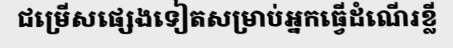
ជម្រើសផ្សេងទៀតសម្រាប់អ្នកធ្វើដំណើរខ្លី